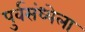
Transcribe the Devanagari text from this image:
पुर्वसंध्येला